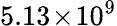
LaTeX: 5.13\! \times\! 10^{9}